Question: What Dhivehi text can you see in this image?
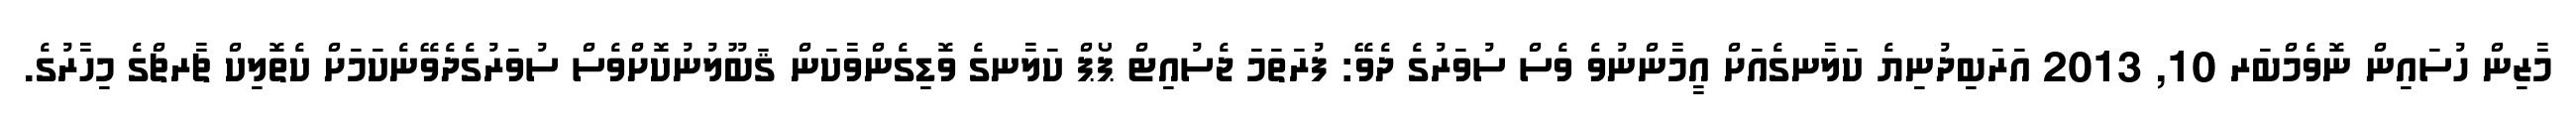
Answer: މާޒިން ހުސައިން ނޮވެމްބަރ 10, 2013 އަރަބިދުނިޔެ ކަލާނގެއަށް އީމާންނުވެ ވެސް ސުވަރުގެ ދެވޭ: ފުރަތަމަ ޖެސުއިޓް ޕޯޕް ކަލާނގެ ވޮޑިގެންވާކަން ޤަބޫލުނުކޮށްވެސް ސުވަރުގެދެވޭނެކަމަށް ކެތޮލިކް ޗާރޗްގެ މިހާރުގެ.